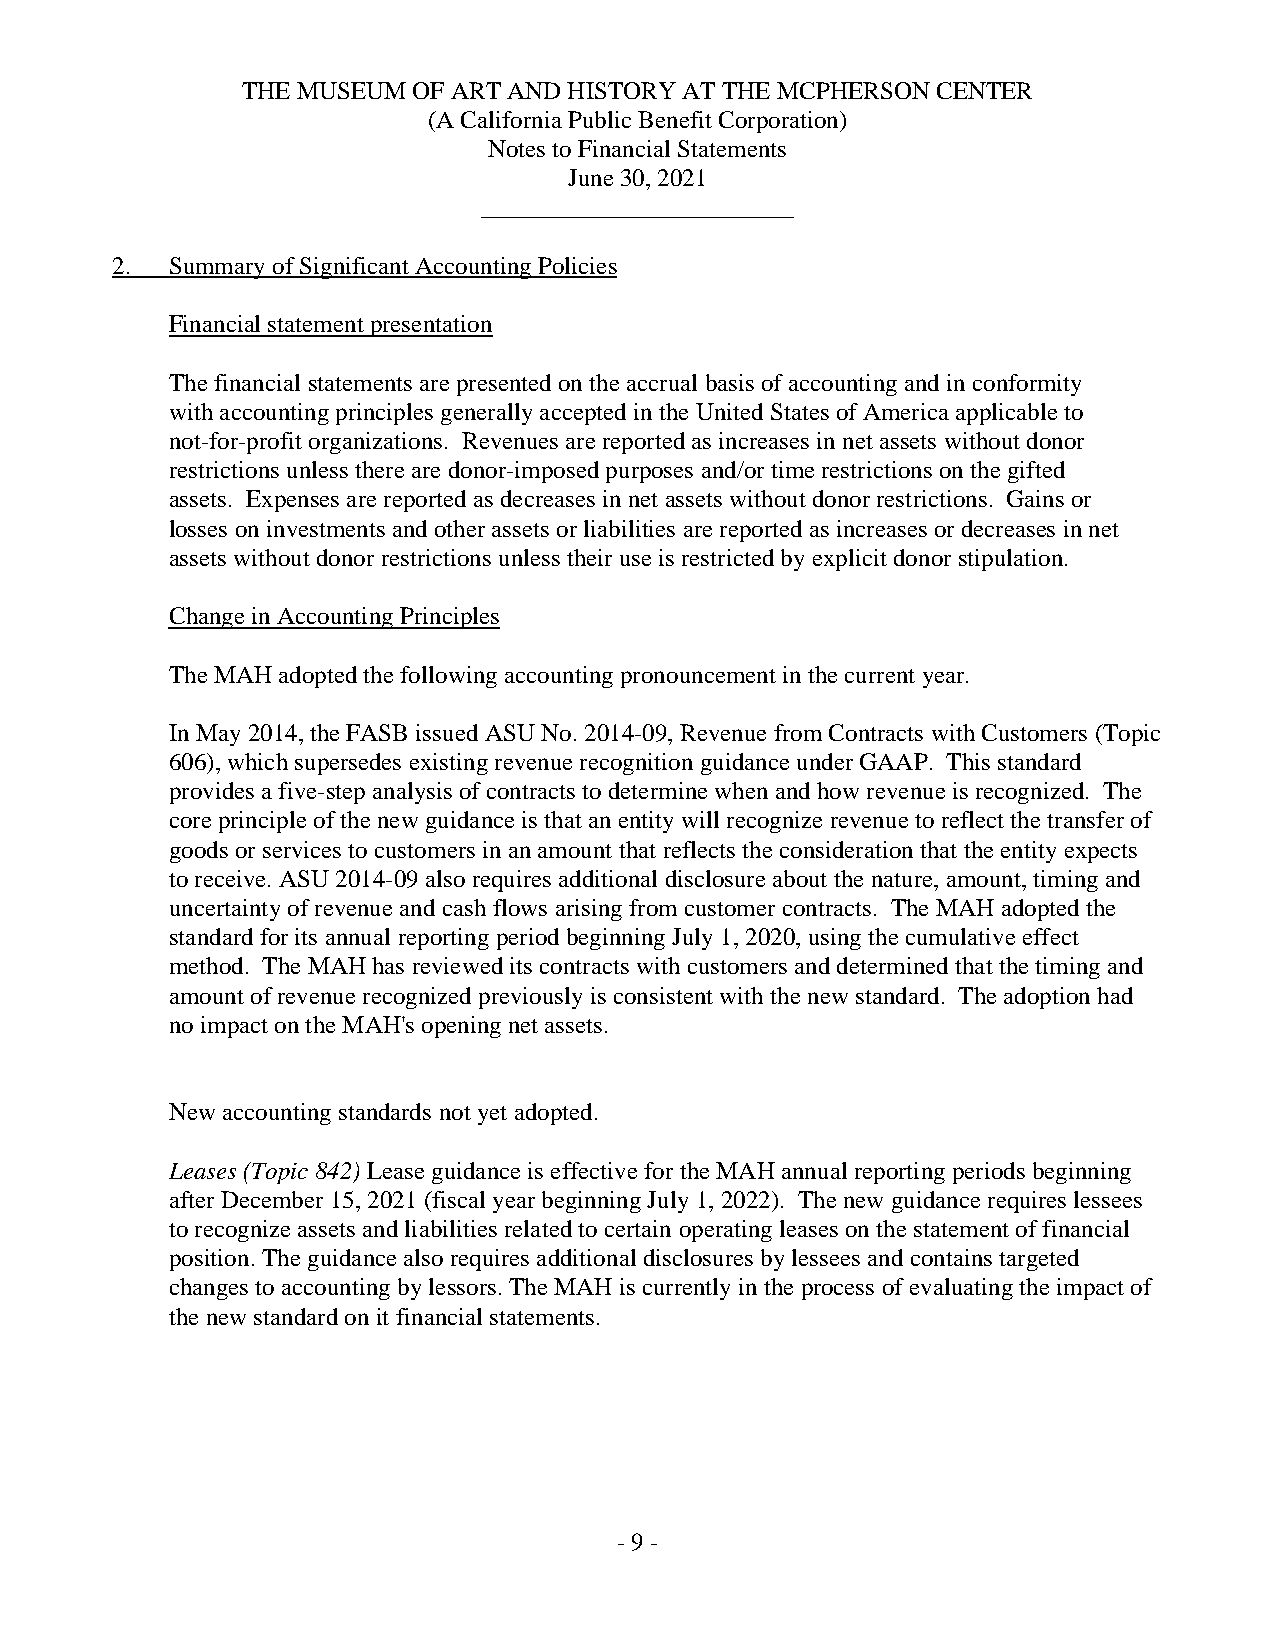
THE MUSEUM OF ART AND HISTORY AT THE MCPHERSON CENTER
 (A California Public Benefit Corporation)
 Notes to Financial Statements
 June 30, 2021
 _________________________
 2.  Summary of Significant Accounting Policies
 Financial statement presentation
 The financial statements are presented on the accrual basis of accounting and in conformity
 with accounting principles generally accepted in the United States of America applicable to
 not-for-profit organizations. Revenues are reported as increases in net assets without donor
 restrictions unless there are donor-imposed purposes and/or time restrictions on the gifted
 assets. Expenses are reported as decreases in net assets without donor restrictions. Gains or
 losses on investments and other assets or liabilities are reported as increases or decreases in net
 assets without donor restrictions unless their use is restricted by explicit donor stipulation.
 Change in Accounting Principles
 The MAH adopted the following accounting pronouncement in the current year.
 In May 2014, the FASB issued ASU No. 2014-09, Revenue from Contracts with Customers (Topic
 606), which supersedes existing revenue recognition guidance under GAAP. This standard
 provides a five-step analysis of contracts to determine when and how revenue is recognized. The
 core principle of the new guidance is that an entity will recognize revenue to reflect the transfer of
 goods or services to customers in an amount that reflects the consideration that the entity expects
 to receive. ASU 2014-09 also requires additional disclosure about the nature, amount, timing and
 uncertainty of revenue and cash flows arising from customer contracts. The MAH adopted the
 standard for its annual reporting period beginning July 1, 2020, using the cumulative effect
 method. The MAH has reviewed its contracts with customers and determined that the timing and
 amount of revenue recognized previously is consistent with the new standard. The adoption had
 no impact on the MAH's opening net assets.
 New accounting standards not yet adopted.
 Leases (Topic 842) Lease guidance is effective for the MAH annual reporting periods beginning
 after December 15, 2021 (fiscal year beginning July 1, 2022). The new guidance requires lessees
 to recognize assets and liabilities related to certain operating leases on the statement of financial
 position. The guidance also requires additional disclosures by lessees and contains targeted
 changes to accounting by lessors. The MAH is currently in the process of evaluating the impact of
 the new standard on it financial statements.
 - 9 -